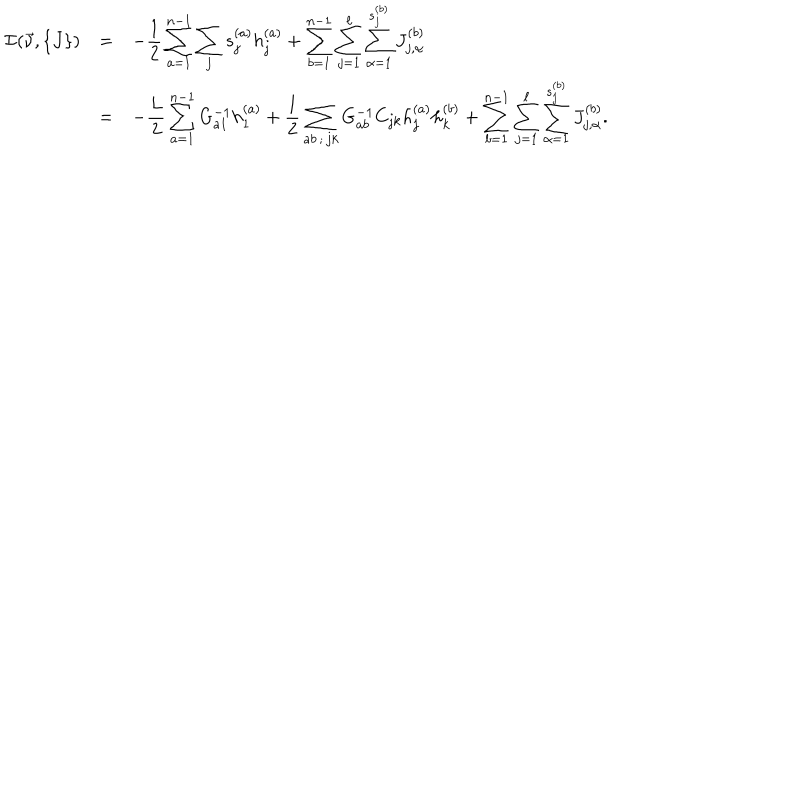
\begin{array} { c c l } { { { \cal I } ( \vec { \nu } , \{ J \} ) } } & { { = } } & { { \displaystyle - { \frac { 1 } { 2 } } \sum _ { a = 1 } ^ { n - 1 } \sum _ { j } s _ { j } ^ { ( a ) } h _ { j } ^ { ( a ) } + \sum _ { b = 1 } ^ { n - 1 } \sum _ { j = 1 } ^ { \ell } \sum _ { \alpha = 1 } ^ { s _ { j } ^ { ( b ) } } J _ { j , \alpha } ^ { ( b ) } } } \\ { { } } & { { = } } & { { \displaystyle - { \frac { L } { 2 } } \sum _ { a = 1 } ^ { n - 1 } G _ { a 1 } ^ { - 1 } h _ { 1 } ^ { ( a ) } + { \frac { 1 } { 2 } } \sum _ { a b \, ; \, j k } G _ { a b } ^ { - 1 } C _ { j k } h _ { j } ^ { ( a ) } h _ { k } ^ { ( b ) } + \sum _ { b = 1 } ^ { n - 1 } \sum _ { j = 1 } ^ { \ell } \sum _ { \alpha = 1 } ^ { s _ { j } ^ { ( b ) } } J _ { j , \alpha } ^ { ( b ) } . } } \\ \end{array}